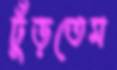
ঢুঁড়তেম